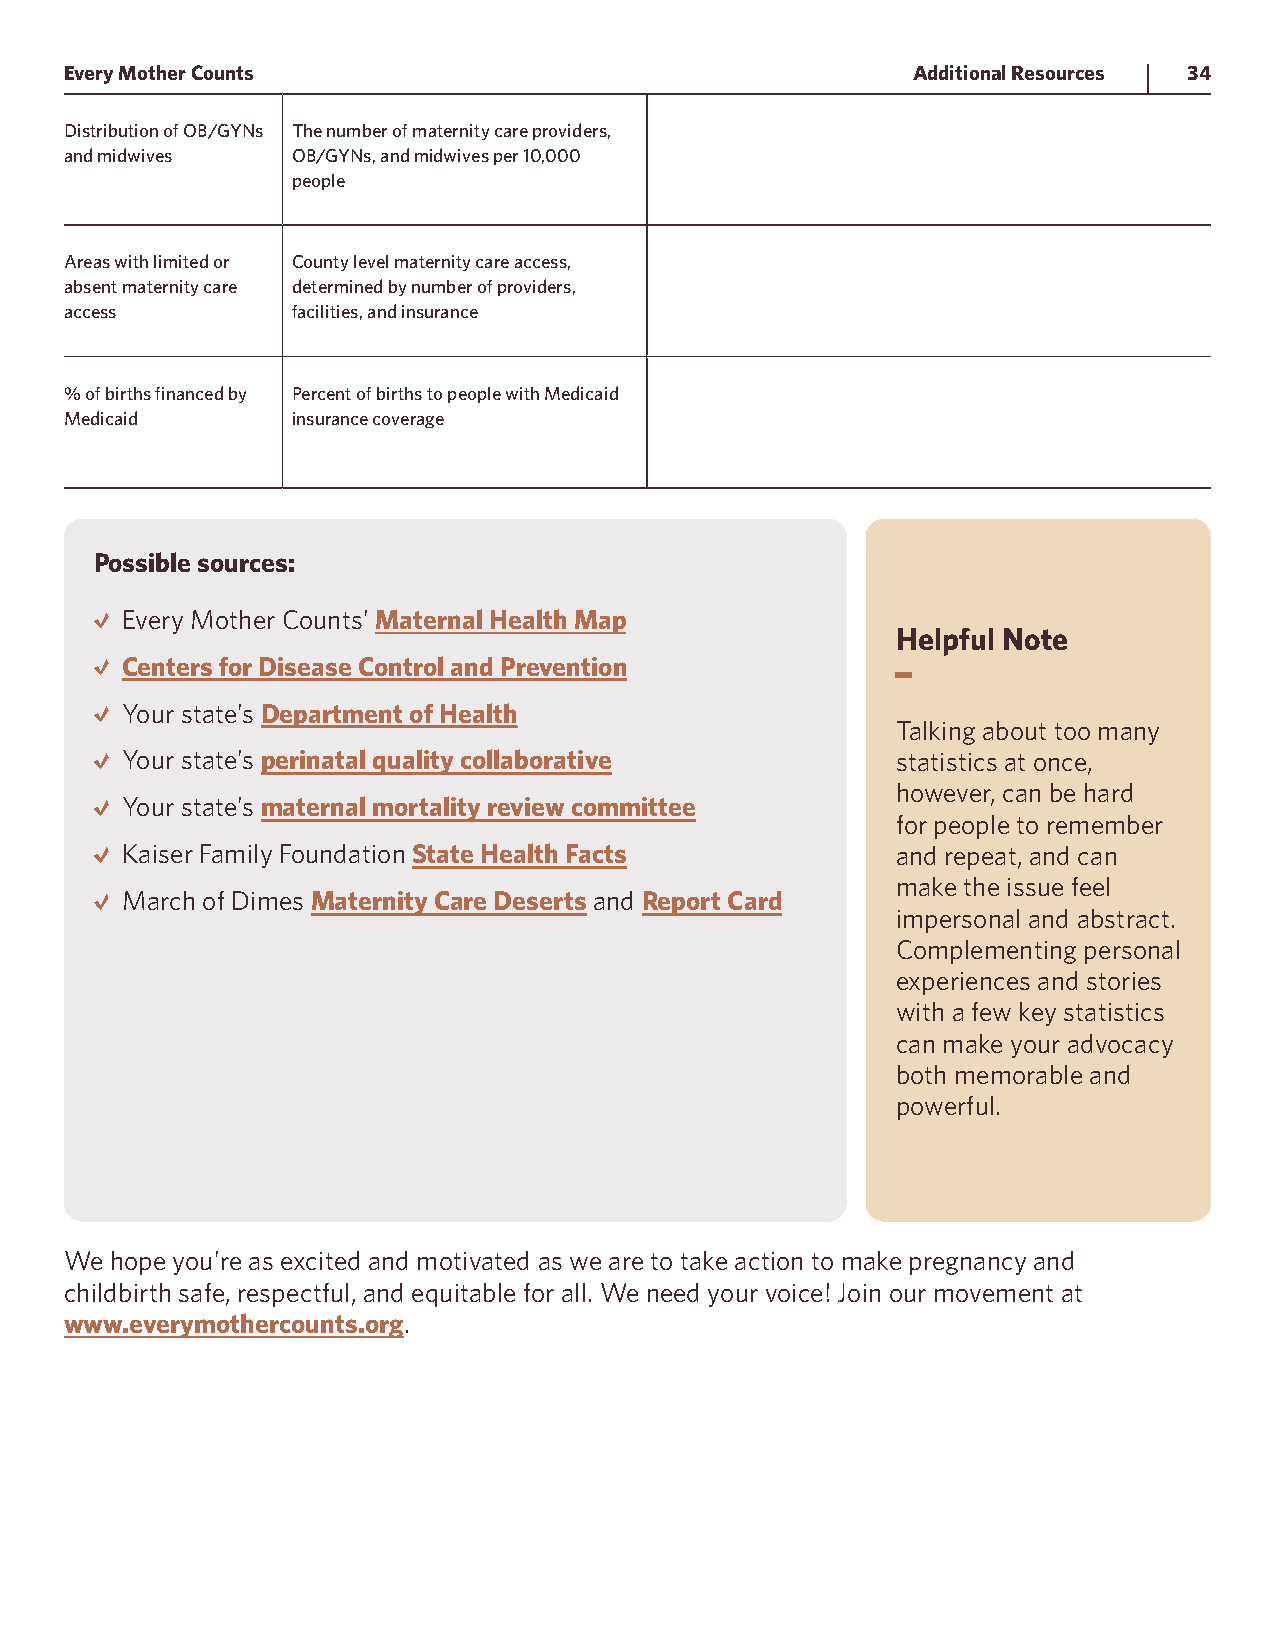
Every Mother Counts                                     Additional Resources 34
 Distribution of OB/GYNs The number of maternity care providers,
 and midwives   OB/GYNs, and midwives per 10,000
 people
 Areas with limited or County level maternity care access,
 absent maternity care determined by number of providers,
 access         facilities, and insurance
 % of births financed by Percent of births to people with Medicaid
 Medicaid       insurance coverage
 Possible sources:
 Every Mother Counts’ Maternal Health Map
 Helpful Note
 Centers for Disease Control and Prevention
 Your state’s Department of Health
 Talking about too many
 Your state’s perinatal quality collaborative       statistics at once,
 however, can be hard
 Your state’s maternal mortality review committee
 for people to remember
 Kaiser Family Foundation State Health Facts        and repeat, and can
 make the issue feel
 March of Dimes Maternity Care Deserts and Report Card
 impersonal and abstract.
 Complementing personal
 experiences and stories
 with a few key statistics
 can make your advocacy
 both memorable and
 powerful.
 We hope you’re as excited and motivated as we are to take action to make pregnancy and
 childbirth safe, respectful, and equitable for all. We need your voice! Join our movement at
 www.everymothercounts.org.